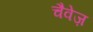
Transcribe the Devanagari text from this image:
चैवेज़